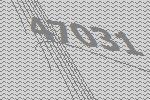
47031